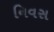
નિવસ